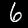
Label: 6